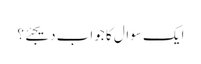
ایک سوال کا جواب دیجئے؟